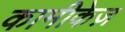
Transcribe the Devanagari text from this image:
कामीकेज़